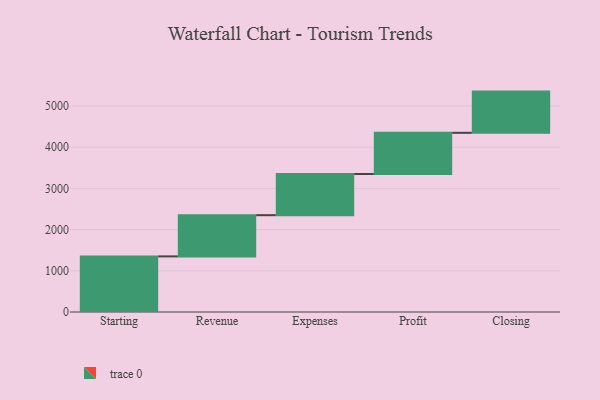
{"axis": {"x": "Step", "y": "Value"}, "legend": [""], "data": [{"x": "Starting", "y": 1350.0, "type": ""}, {"x": "Revenue", "y": 1000, "type": ""}, {"x": "Expenses", "y": 1000, "type": ""}, {"x": "Profit", "y": 1000, "type": ""}, {"x": "Closing", "y": 1000, "type": ""}]}